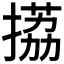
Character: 𢲊